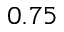
0 . 7 5